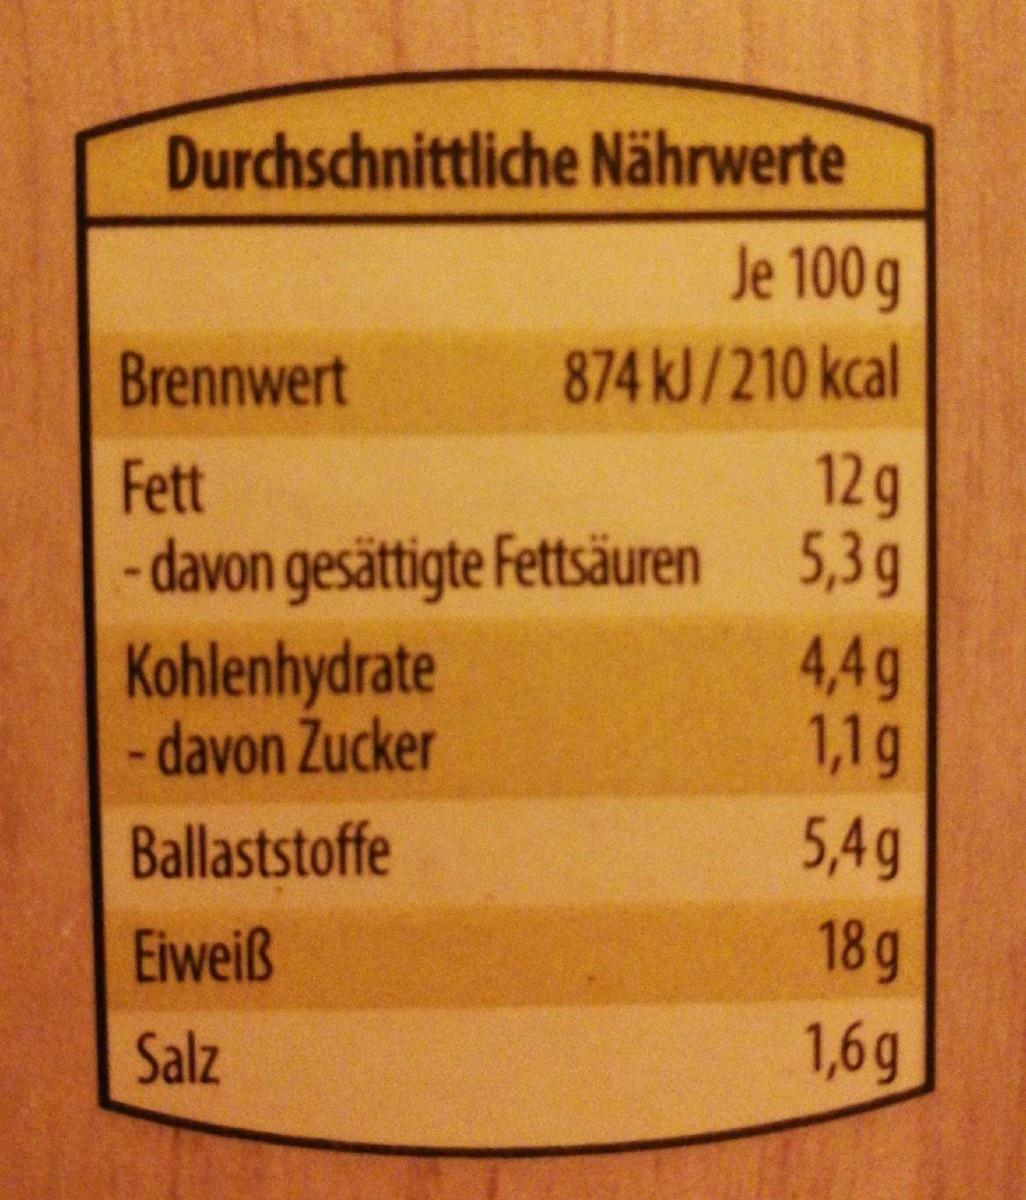
Durchschnittliche Nährwerte
Je 100 g
Brennwert
874 kJ/210 kcal
12g 5,3g
Fett
- davon gesättigte Fettsäuren 4,4g 1,1g
Kohlenhydrate - davon Zucker
Ballaststoffe
5,4g
Eiweiß
18g
Salz
1,6g